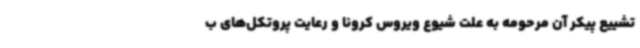
تشییع پیکر آن مرحومه به علت شیوع ویروس کرونا و رعایت پروتکل‌های ب